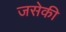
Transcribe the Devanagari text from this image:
जसेकी